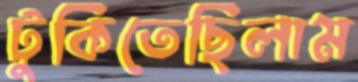
টুকিতেছিলাম